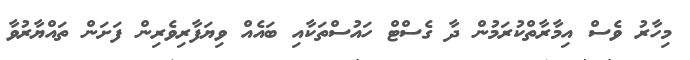
މިހާރު ވެސް އިމާރާތްކުރަމުން ދާ ގެސްޓް ހައުސްތަކާއި ބައެއް ވިޔަފާރިވެރިން ފަށަން ތައްޔާރުވާ